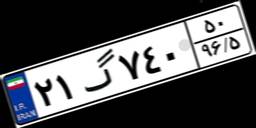
۹۶گ۹۷۹۶۶